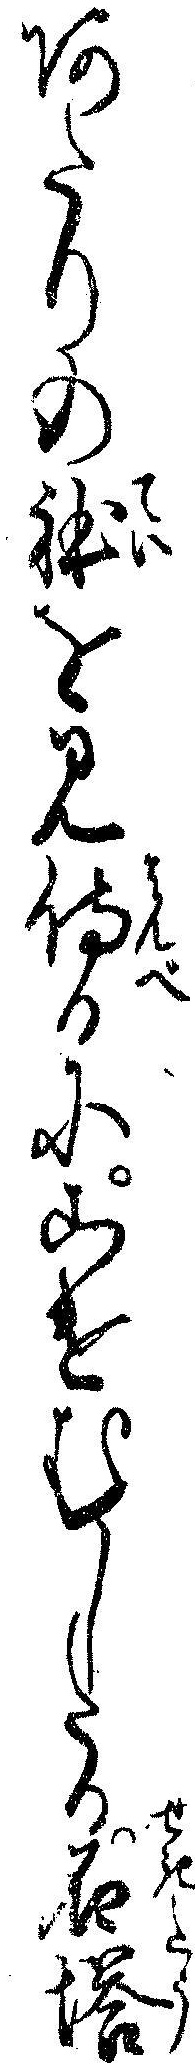
あたりの体を見侍るにこけむしたる石塔